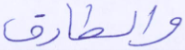
والطارق